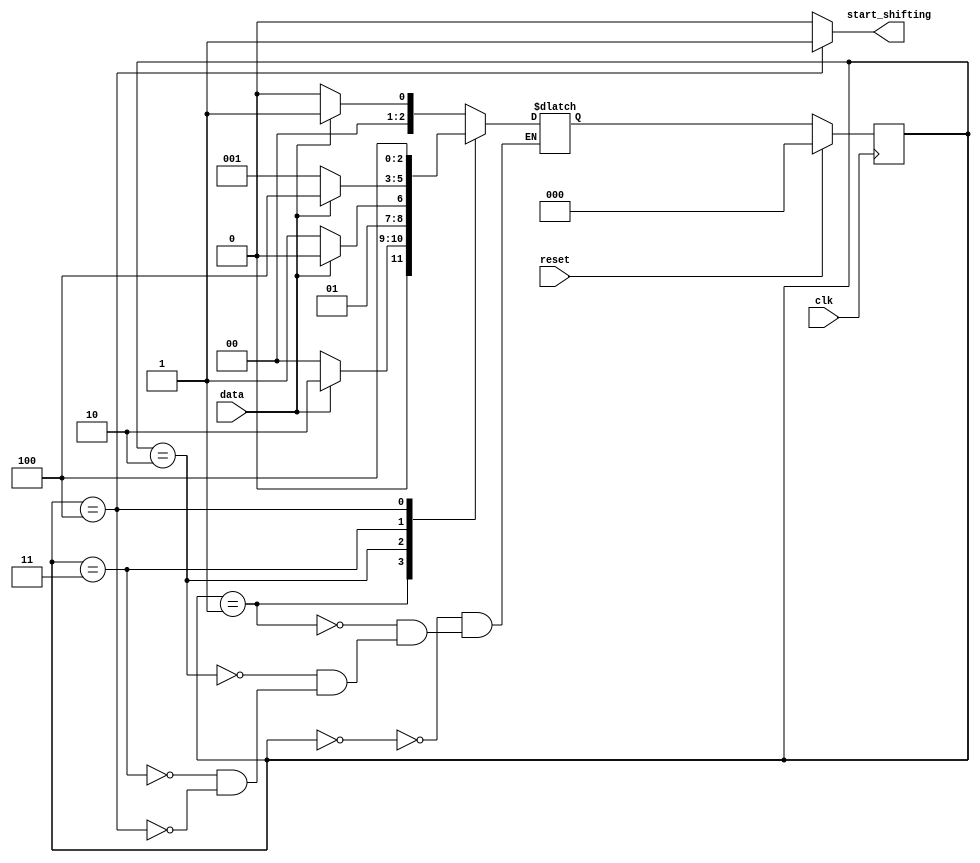
module top_module (
    input clk,
    input reset,      // Synchronous reset
    input data,
    output start_shifting);
    
    reg [2 : 0] curr_state;
    reg [2 : 0] next_state;
    
    parameter IDLE  = 3'd0;
    parameter S1    = 3'd1;
    parameter S11   = 3'd2;
    parameter S110  = 3'd3;
    parameter S1101 = 3'd4;
    
    always@(posedge clk)
    begin
        if(reset)
            curr_state <= IDLE;
        else
            curr_state <= next_state;
    end
    
    always@(*)
    begin
        case(curr_state)
            IDLE  : next_state = data ? S1: IDLE;
            S1    : next_state = data ? S11 : IDLE;
            S11   : next_state = data ? S11 : S110;
            S110  : next_state = data ? S1101 : S1;
            S1101 : next_state = S1101;
        endcase
    end
    
    always@(*)
    begin
        if(curr_state == S1101)
            start_shifting = 1'b1;
        else
            start_shifting = 1'b0;
    end

endmodule